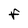
Character: F